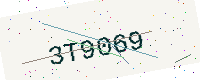
Text: 3T9069